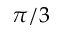
\pi / 3